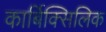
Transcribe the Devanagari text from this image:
कार्बिक्सिलिक